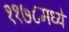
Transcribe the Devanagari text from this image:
११७८मध्ये